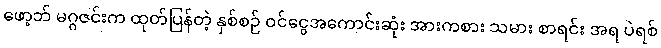
ဖော့ဘ် မဂ္ဂဇင်းက ထုတ်ပြန်တဲ့ နှစ်စဉ် ဝင်ငွေအကောင်းဆုံး အားကစား သမား စာရင်း အရ ပဲရစ်